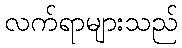
လက်ရာများသည်